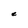
Character: C